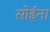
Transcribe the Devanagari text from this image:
सोईना